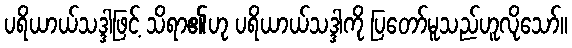
ပရိယာယ်သဒ္ဒါဖြင့် သိရာ၏ဟု ပရိယာယ်သဒ္ဒါကို ပြတော်မူသည်ဟူလိုသော်။